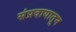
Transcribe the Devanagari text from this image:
संप्रदायातून